65_HS1-834228961_62-HQ-83894_Section_2
Agency: FBI
Page 179
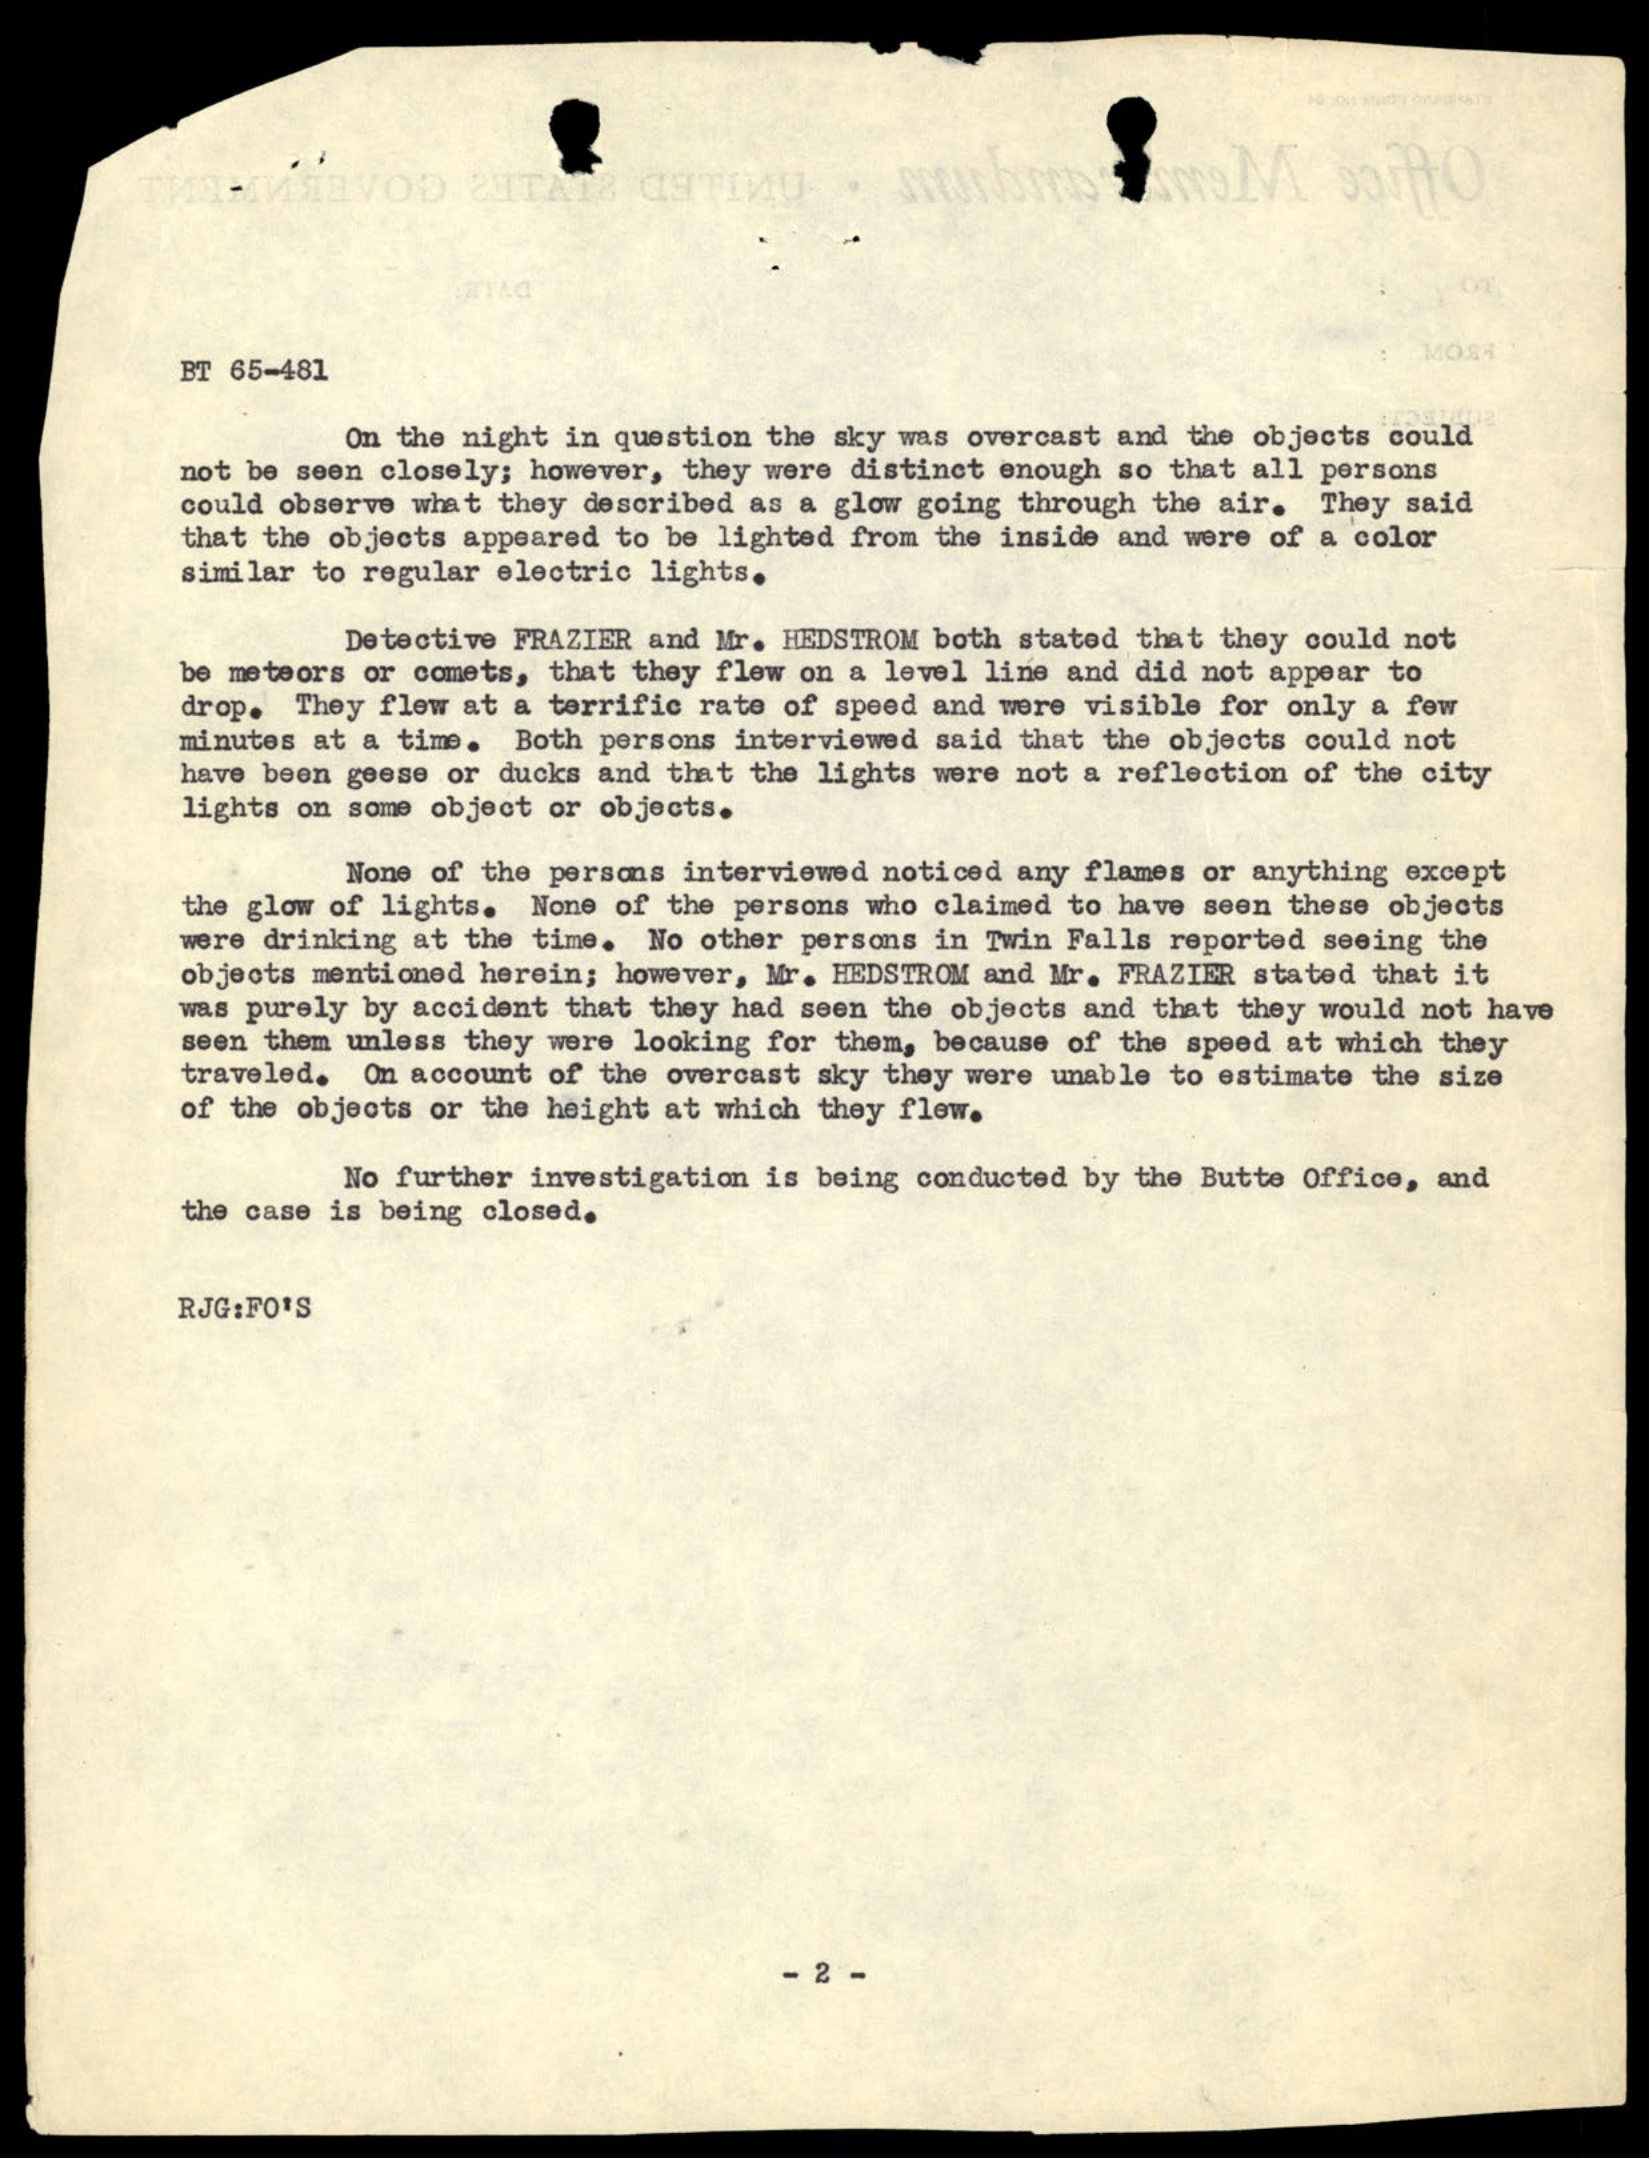